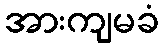
အားကျမခံ